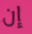
إن